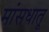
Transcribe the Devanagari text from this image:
मांसधातू